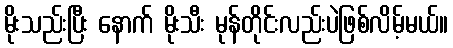
မိုးသည်းပြီး နောက် မိုးသီး မုန်တိုင်းလည်းပဲဖြစ်လိမ့်မယ်။